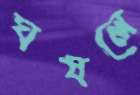
ঘষলে